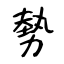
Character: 勢